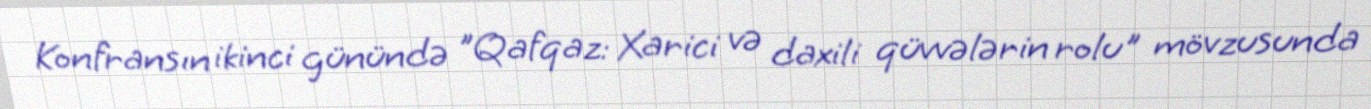
Konfransın ikinci günündə "Qafqaz: Xarici və daxili qüvvələrin rolu" mövzusunda